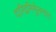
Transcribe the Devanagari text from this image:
दारिद्रनिर्मूलनात